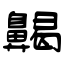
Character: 齃